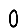
Digit: 0